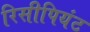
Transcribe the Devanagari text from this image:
रिसीपियंट